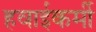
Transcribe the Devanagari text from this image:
हवाईकर्मी